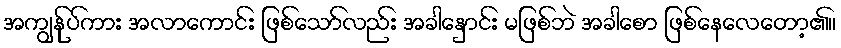
အကျွန်ုပ်ကား အလာကောင်း ဖြစ်သော်လည်း အခါနှောင်း မဖြစ်ဘဲ အခါစော ဖြစ်နေလေတော့၏။